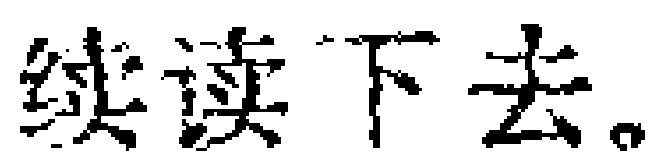
继续读下去。